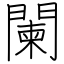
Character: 闌